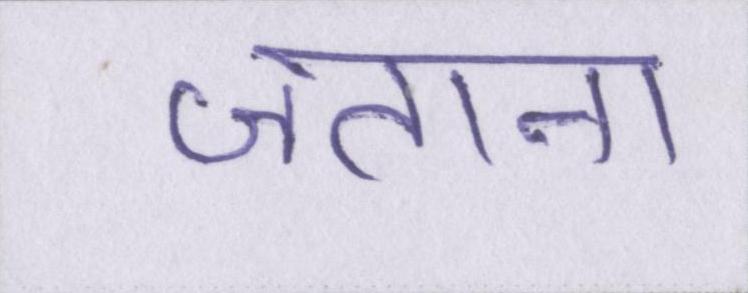
जताना